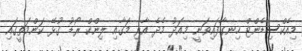
މިއެކްސިޑެންޓް ހިނގާފައިވަނީ މިއަދު މެދެ އާރި މަގާއި ލިންކް ރޯޑު ގުޅޭ ކަންމަތީގައި